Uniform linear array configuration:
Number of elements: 16
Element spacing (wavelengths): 0.75
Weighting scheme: binomial
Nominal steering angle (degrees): -45
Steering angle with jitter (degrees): -43.751
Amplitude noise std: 0.05
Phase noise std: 0.05

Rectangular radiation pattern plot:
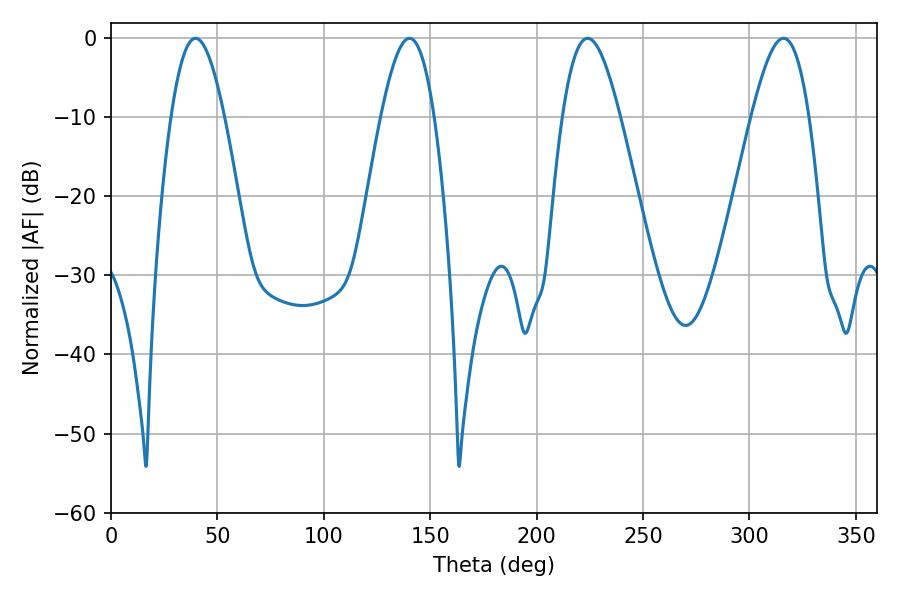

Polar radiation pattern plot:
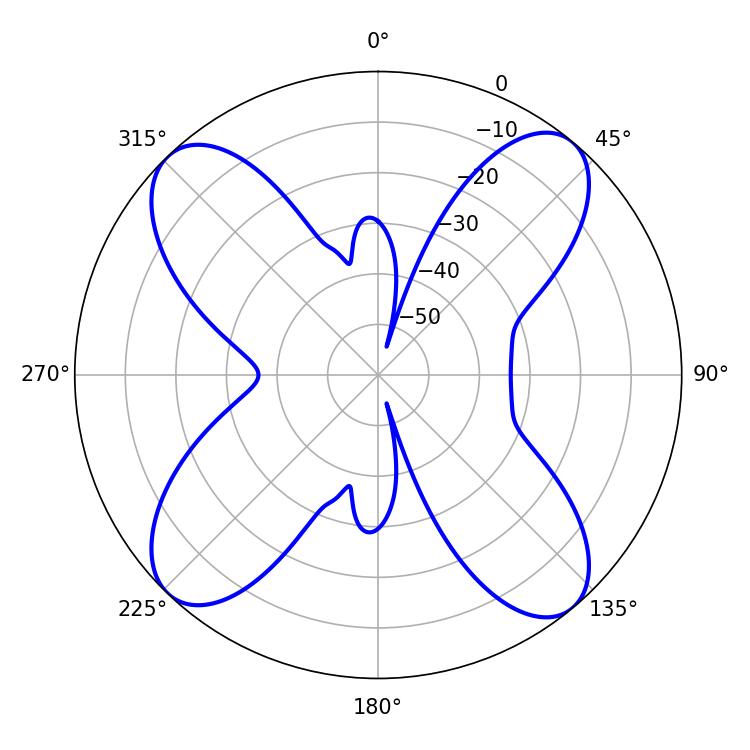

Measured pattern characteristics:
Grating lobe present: TRUE
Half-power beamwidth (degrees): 14.58
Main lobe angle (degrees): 223.92